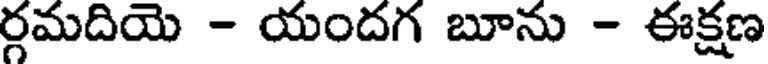
ర్గమదియె - యందగ బూను - ఈక్షణ